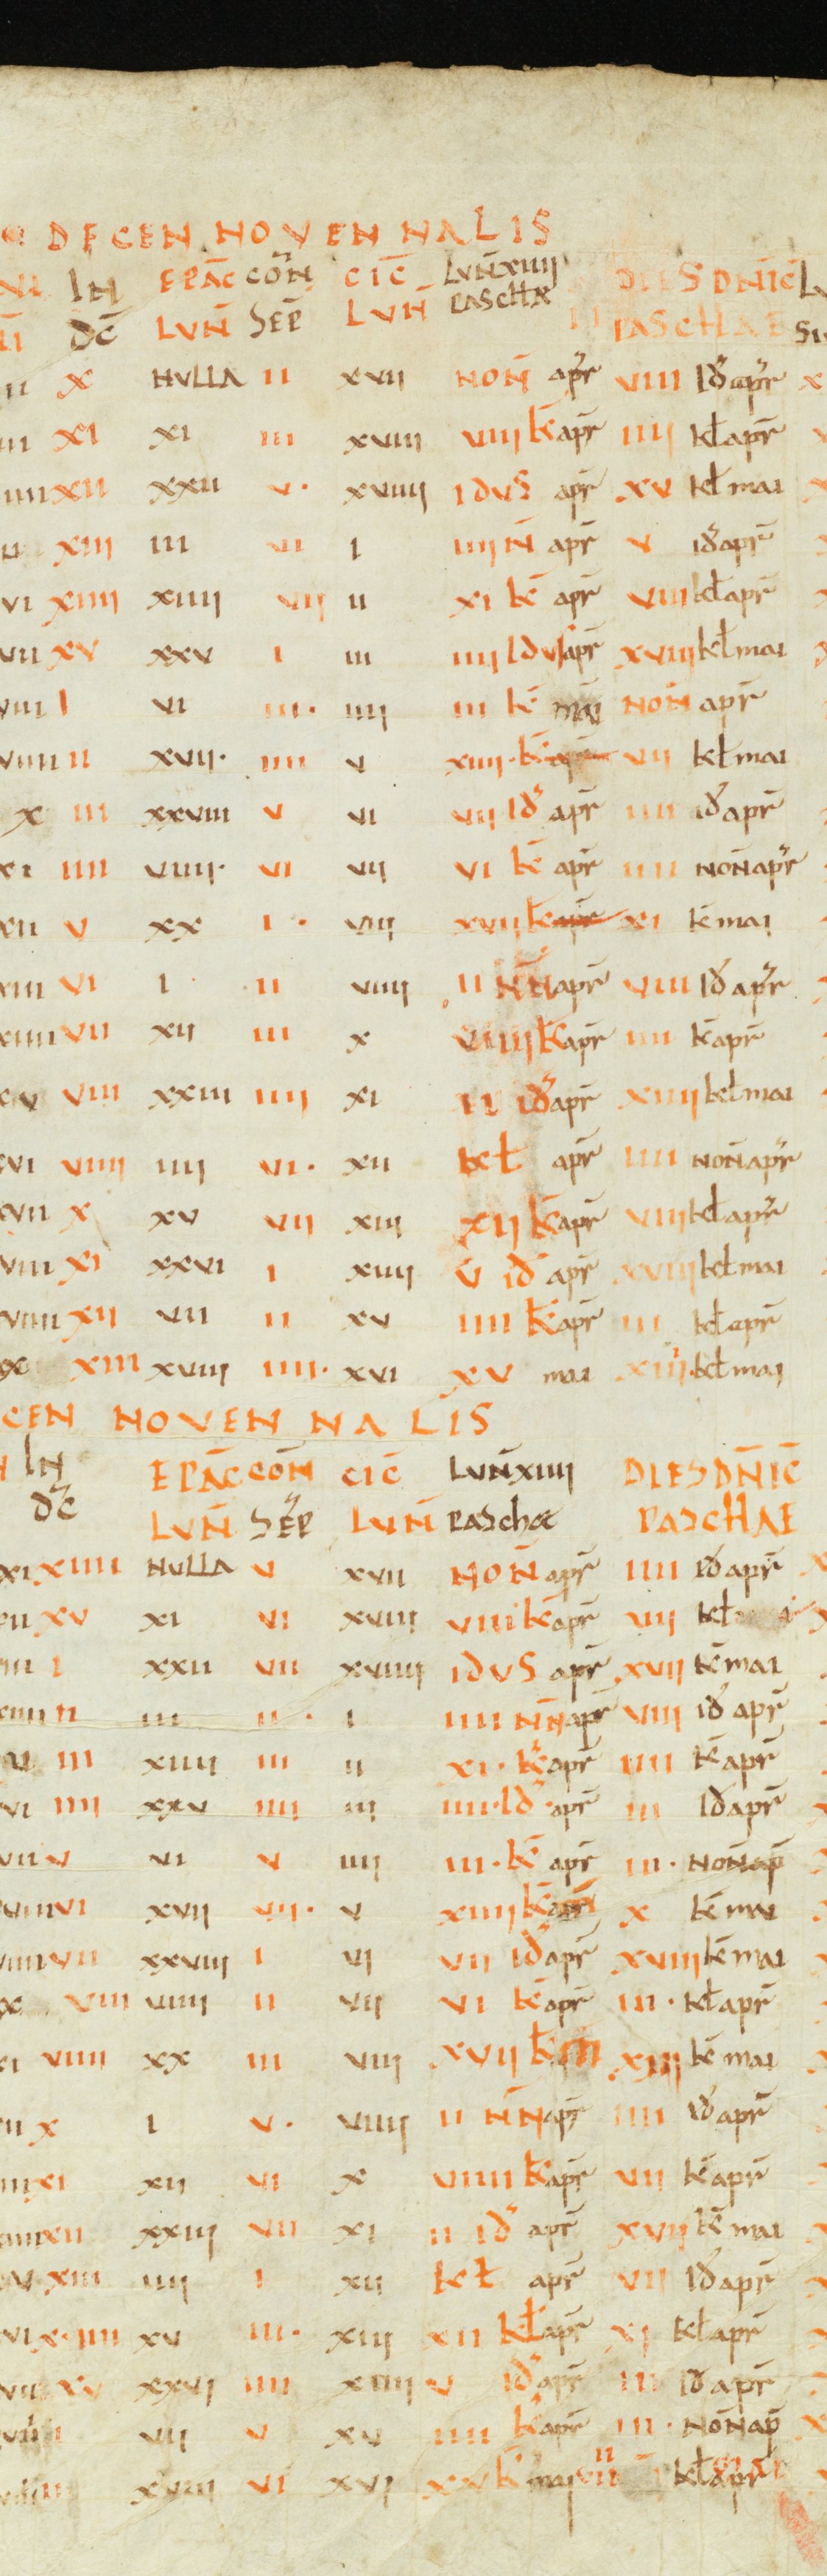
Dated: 1000–1049